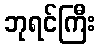
ဘုရင်ကြီး